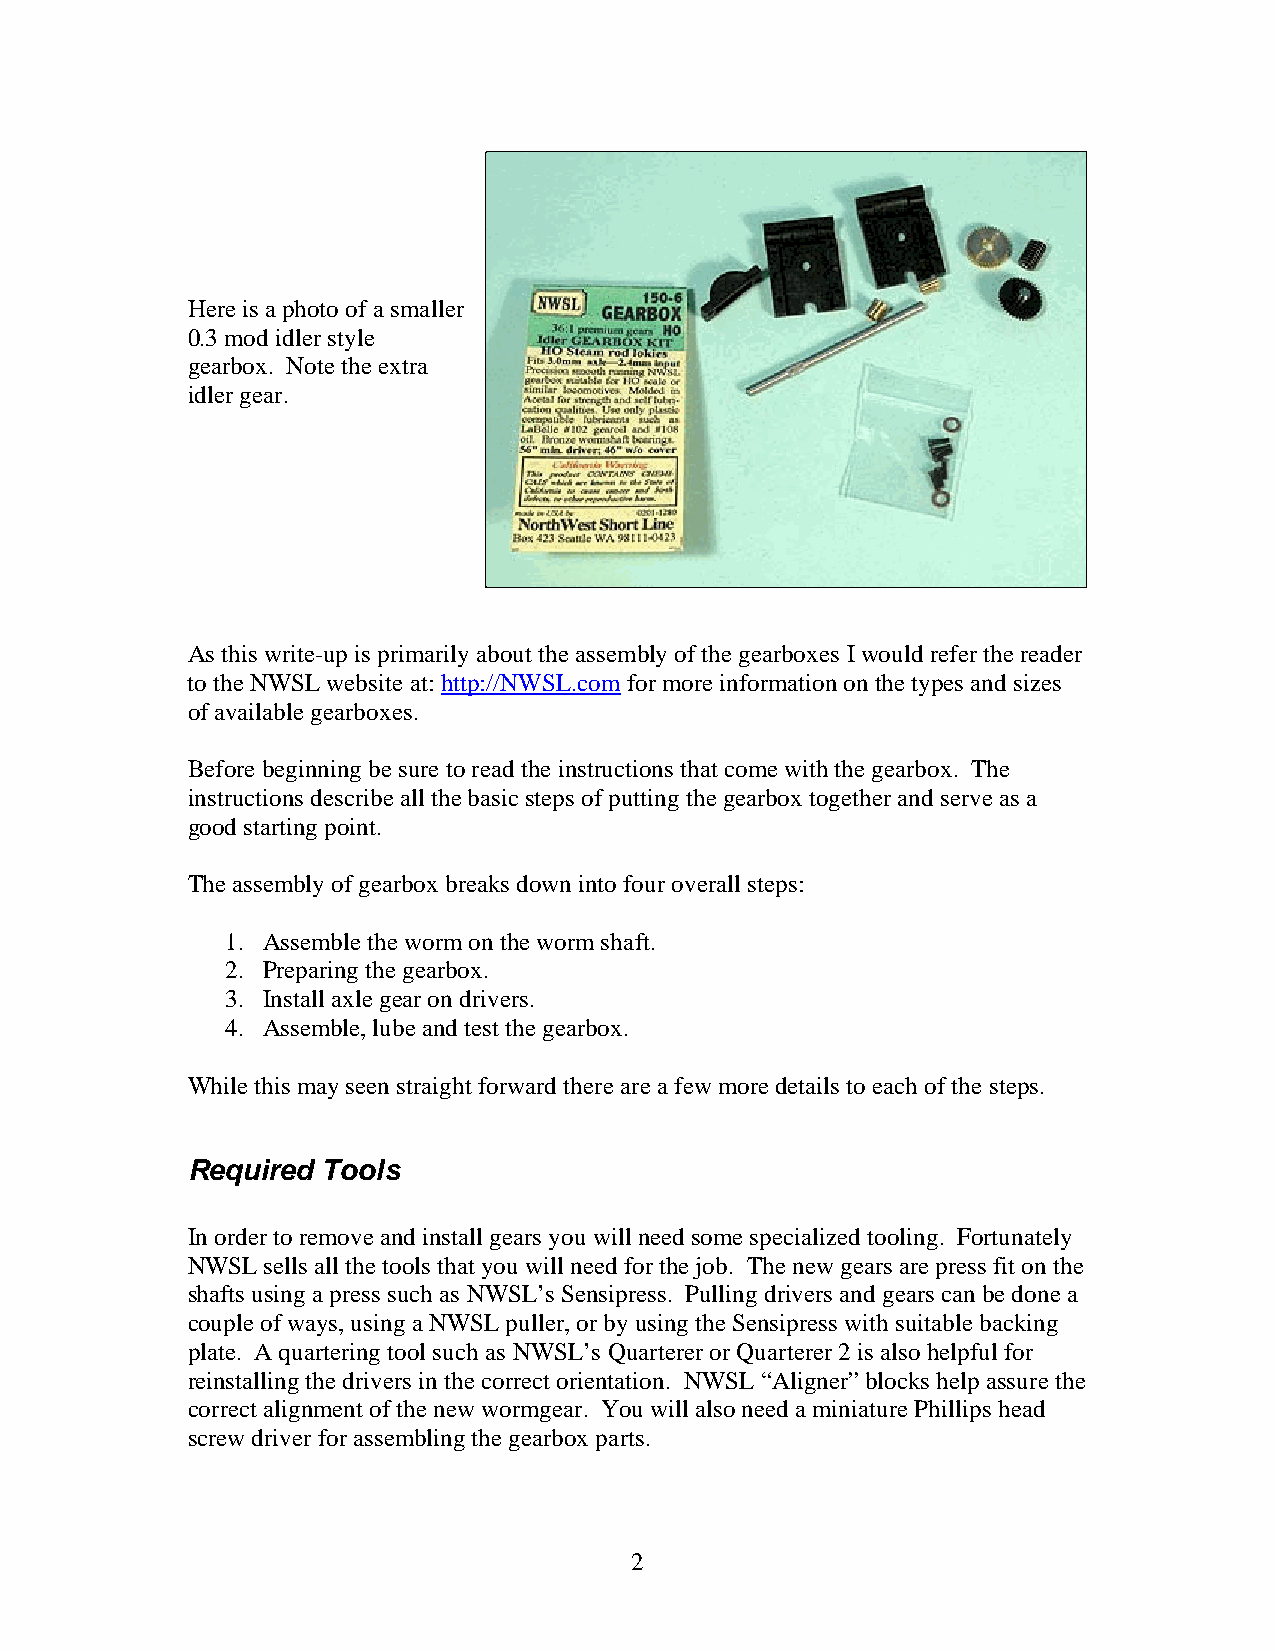
Here is a photo of a smaller
 0.3 mod idler style
 gearbox. Note the extra
 idler gear.
 As this write-up is primarily about the assembly of the gearboxes I would refer the reader
 to the NWSL website at: http://NWSL.com for more information on the types and sizes
 of available gearboxes.
 Before beginning be sure to read the instructions that come with the gearbox. The
 instructions describe all the basic steps of putting the gearbox together and serve as a
 good starting point.
 The assembly of gearbox breaks down into four overall steps:
 1. Assemble the worm on the worm shaft.
 2. Preparing the gearbox.
 3. Install axle gear on drivers.
 4. Assemble, lube and test the gearbox.
 While this may seen straight forward there are a few more details to each of the steps.
 Required Tools
 In order to remove and install gears you will need some specialized tooling. Fortunately
 NWSL  sells all the tools that you will need for the job. The new gears are press fit on the
 shafts using a press such as NWSL’s Sensipress. Pulling drivers and gears can be done a
 couple of ways, using a NWSL puller, or by using the Sensipress with suitable backing
 plate. A quartering tool such as NWSL’s Quarterer or Quarterer 2 is also helpful for
 reinstalling the drivers in the correct orientation. NWSL “Aligner” blocks help assure the
 correct alignment of the new wormgear. You will also need a miniature Phillips head
 screw driver for assembling the gearbox parts.
 2